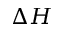
\Delta H